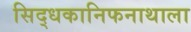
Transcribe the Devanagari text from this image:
सिद्धकानिफनाथाला